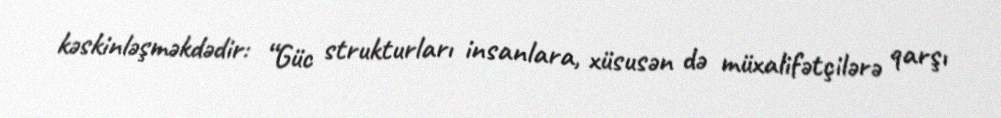
kəskinləşməkdədir: “Güc strukturları insanlara, xüsusən də müxalifətçilərə qarşı